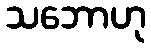
သဘောဟု